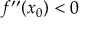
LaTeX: f ^ { \prime \prime } ( x _ { 0 } ) < 0